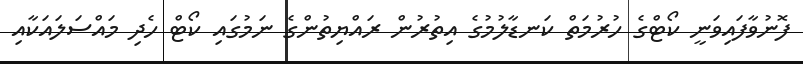
ފޮނުވާފައިވަނީ ކޯޓްގެ ހުރުމަތް ކަނޑާލުމުގެ އިތުރުން ރައްޔިތުންގެ ނަމުގައި ކޯޓް ހެދި މައްސަލައަކާއި